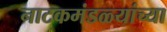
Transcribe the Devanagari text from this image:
नाटकमंडळ्यांच्या